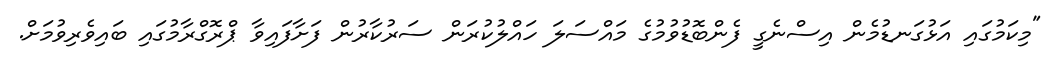
"މިކަމުގައި އަޅުގަނޑުމެން އިސްނެގީ ފެންބޮޑުވުމުގެ މައްސަލަ ހައްލުކުރަން ސަރުކާރުން ފަށާފައިވާ ޕްރޮގްރާމުގައި ބައިވެރިވުމަށް.